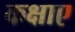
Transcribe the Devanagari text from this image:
कक्षाए